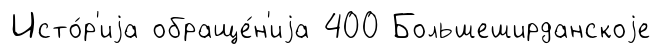
Исто́р'иjа обраще́н'иjа 400 Большеширданскоjе